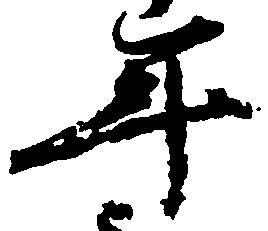
年